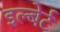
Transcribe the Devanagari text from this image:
इल्बेर्ट